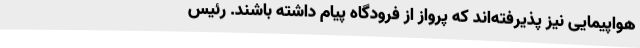
هواپیمایی نیز پذیرفته‌اند که پرواز از فرودگاه پیام داشته باشند. رئیس